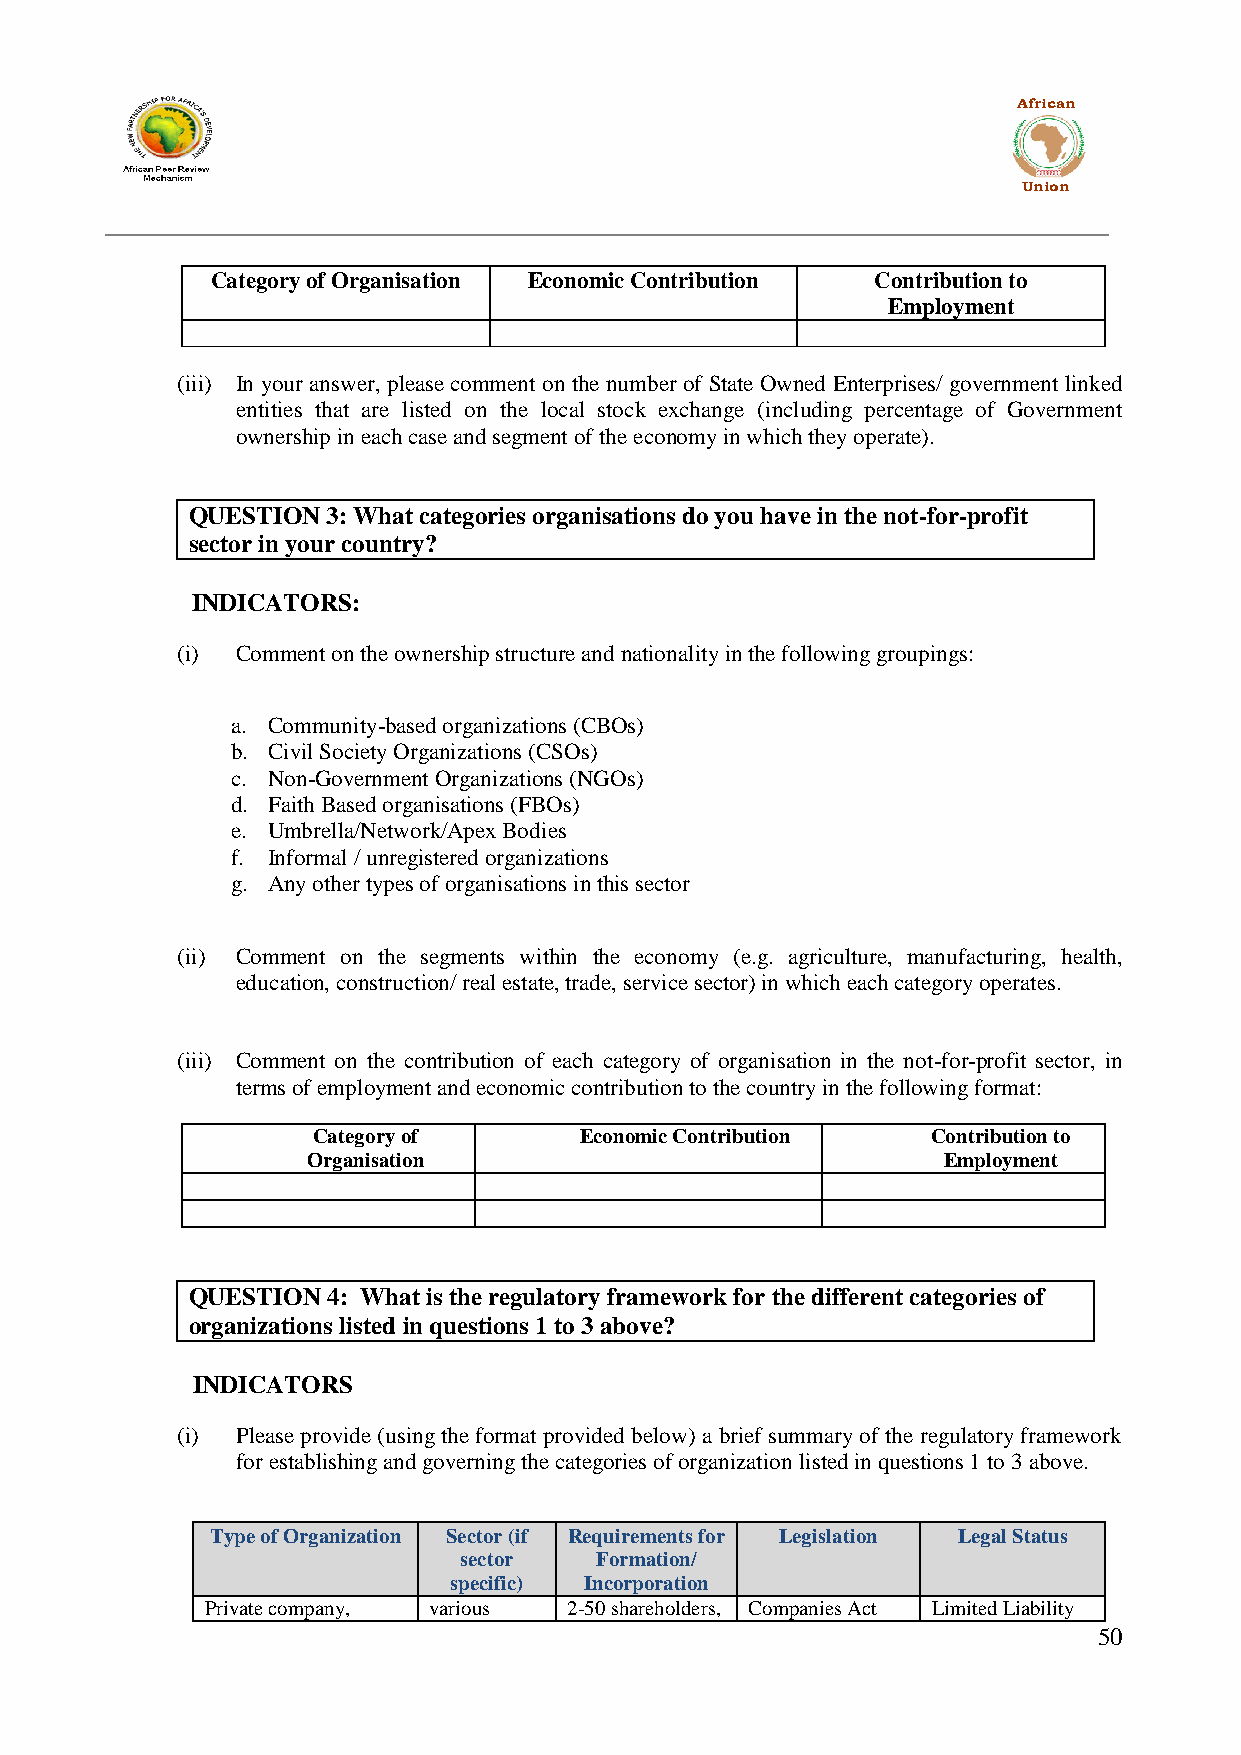
African
 Union
 Category of Organisation Economic Contribution Contribution to
 Employment
 (iii) In your answer, please comment on the number of State Owned Enterprises/ government linked
 entities that are listed on the local stock exchange (including percentage of Government
 ownership in each case and segment of the economy in which they operate).
 QUESTION  3: What categories organisations do you have in the not-for-profit
 sector in your country?
 INDICATORS:
 (i) Comment on the ownership structure and nationality in the following groupings:
 a. Community-based organizations (CBOs)
 b. Civil Society Organizations (CSOs)
 c. Non-Government Organizations (NGOs)
 d. Faith Based organisations (FBOs)
 e. Umbrella/Network/Apex Bodies
 f. Informal / unregistered organizations
 g. Any other types of organisations in this sector
 (ii) Comment on the segments within the economy (e.g. agriculture, manufacturing, health,
 education, construction/ real estate, trade, service sector) in which each category operates.
 (iii) Comment on the contribution of each category of organisation in the not-for-profit sector, in
 terms of employment and economic contribution to the country in the following format:
 Category of      Economic Contribution   Contribution to
 Organisation                              Employment
 QUESTION  4: What is the regulatory framework for the different categories of
 organizations listed in questions 1 to 3 above?
 INDICATORS
 (i) Please provide (using the format provided below) a brief summary of the regulatory framework
 for establishing and governing the categories of organization listed in questions 1 to 3 above.
 Type of Organization Sector (if Requirements for Legislation Legal Status
 sector   Formation/
 specific) Incorporation
 Private company, various 2-50 shareholders, Companies Act Limited Liability
 50